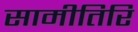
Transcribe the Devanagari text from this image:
सामीतिरि